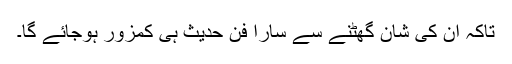
تاکہ ان کی شان گھٹنے سے سارا فنِ حدیث ہی کمزور ہوجائے گا۔